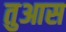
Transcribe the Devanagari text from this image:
तुआस